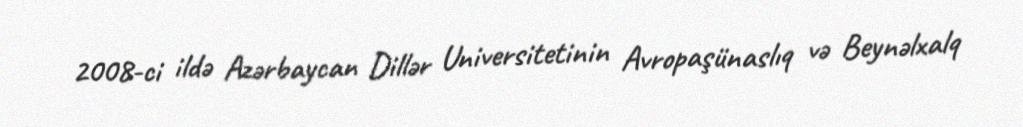
2008-ci ildə Azərbaycan Dillər Universitetinin Avropaşünaslıq və Beynəlxalq